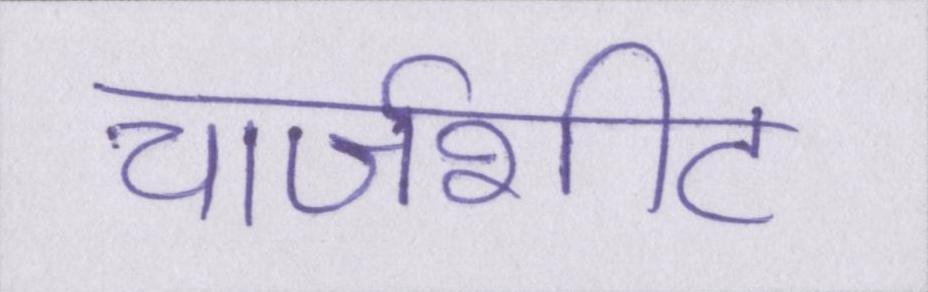
चार्जशीट